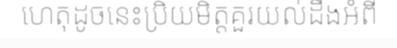
ហេតុដូចនេះប្រិយមិត្តគួរយល់ដឹងអំពី